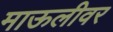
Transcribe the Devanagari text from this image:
माऊलीवर